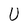
Character: U